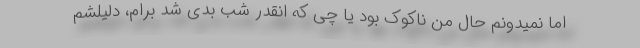
اما نمیدونم حال من ناکوک بود یا چی که انقدر شب بدی شد برام، دلیلشم